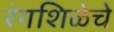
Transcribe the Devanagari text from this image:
रंगशिळेचे